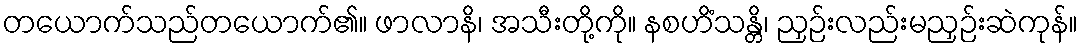
တယောက်သည်တယောက်၏။ ဖာလာနိ၊ အသီးတို့ကို။ နစဟိံသန္တိ၊ ညှဉ်းလည်းမညှဉ်းဆဲကုန်။